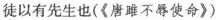
徒以有先生也(《唐雎不辱使命》)